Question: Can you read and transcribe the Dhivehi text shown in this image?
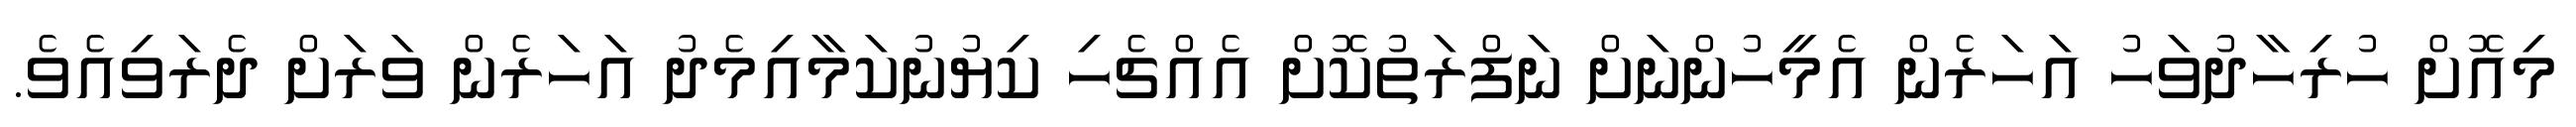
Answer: މިއޮށް ހުރިހާދުވަހު އަހަރެން އެމީހުންނަށް ނަފްރަތުކޮށް އެއްޗެހި ކިޔުނުކަމާއިމެދު އަހަރެން ވަރަށް ދެރަވިއެވެ.